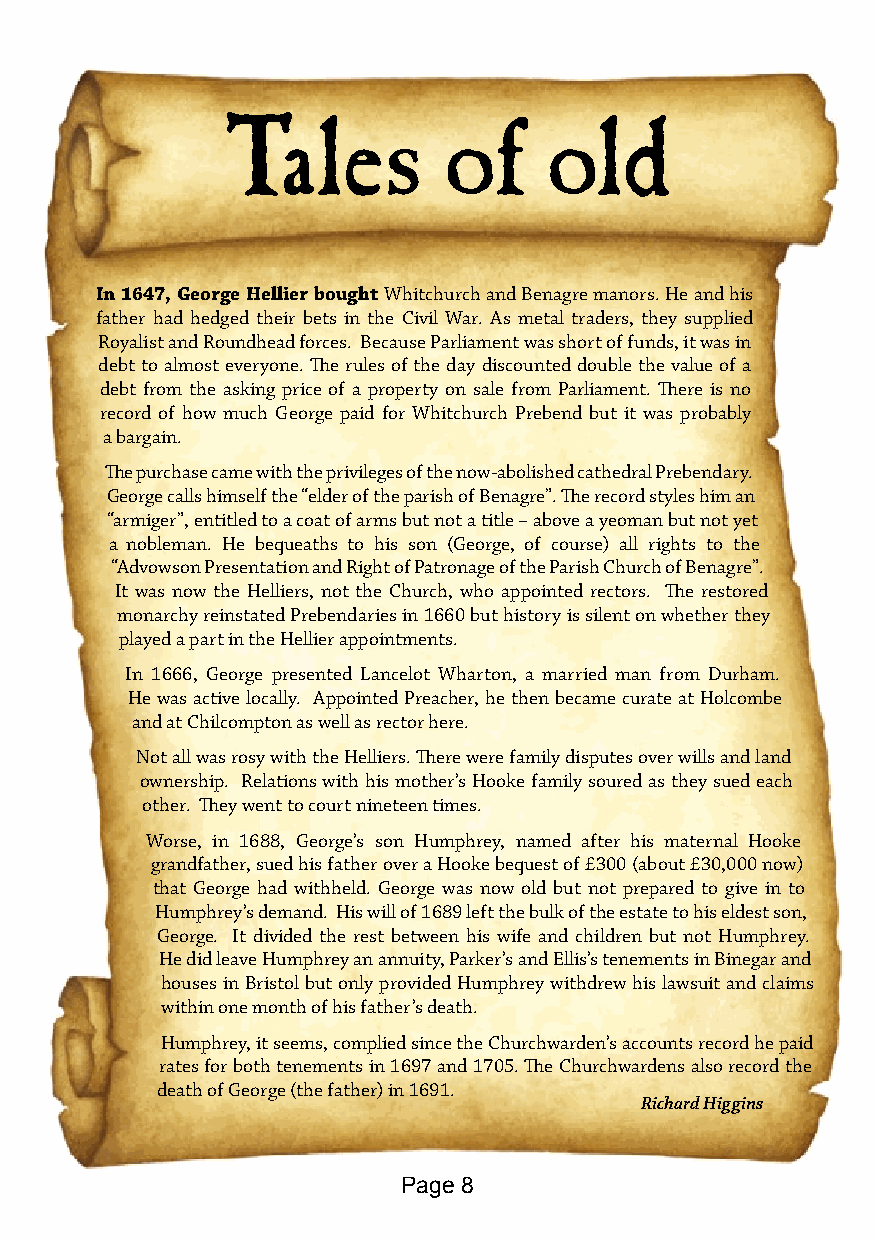
Tales         of     old
 In 1647, George Hellier bought Whitchurch and Benagre manors. He and his
 father had hedged their bets in the Civil War. As metal traders, they supplied
 Royalist and Roundhead forces. Because Parliament was short of funds, it was in
 debt to almost everyone. The rules of the day discounted double the value of a
 debt from the asking price of a property on sale from Parliament. There is no
 record of how much George paid for Whitchurch Prebend but it was probably
 a bargain.
 The purchase came with the privileges of the now-abolished cathedral Prebendary.
 George calls himself the “elder of the parish of Benagre”. The record styles him an
 “armiger”, entitled to a coat of arms but not a title – above a yeoman but not yet
 a nobleman. He bequeaths to his son (George, of course) all rights to the
 “Advowson Presentation and Right of Patronage of the Parish Church of Benagre”.
 It was now the Helliers, not the Church, who appointed rectors. The restored
 monarchy reinstated Prebendaries in 1660 but history is silent on whether they
 played a part in the Hellier appointments.
 In 1666, George presented Lancelot Wharton, a married man from Durham.
 He was active locally. Appointed Preacher, he then became curate at Holcombe
 and at Chilcompton as well as rector here.
 Not all was rosy with the Helliers. There were family disputes over wills and land
 ownership. Relations with his mother’s Hooke family soured as they sued each
 other. They went to court nineteen times.
 Worse, in 1688, George’s son Humphrey, named after his maternal Hooke
 grandfather, sued his father over a Hooke bequest of £300 (about £30,000 now)
 that George had withheld. George was now old but not prepared to give in to
 Humphrey’s demand. His will of 1689 left the bulk of the estate to his eldest son,
 George. It divided the rest between his wife and children but not Humphrey.
 He did leave Humphrey an annuity, Parker’s and Ellis’s tenements in Binegar and
 houses in Bristol but only provided Humphrey withdrew his lawsuit and claims
 within one month of his father’s death.
 Humphrey, it seems, complied since the Churchwarden’s accounts record he paid
 rates for both tenements in 1697 and 1705. The Churchwardens also record the
 death of George (the father) in 1691.
 Richard Higgins
 Page 8